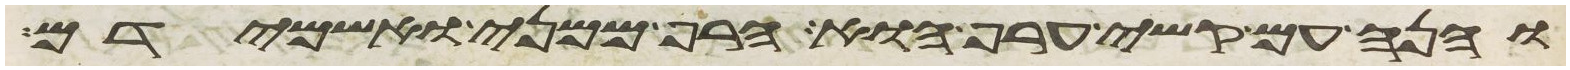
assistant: והנה עם קשה ערף הוא הרף ממני ואשמידם